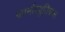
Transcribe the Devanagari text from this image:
फार्मास्युतिकल